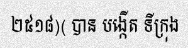
២៥១៨)( បាន បង្កើត ទីក្រុង